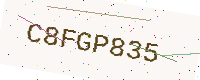
Text: C8FGP835